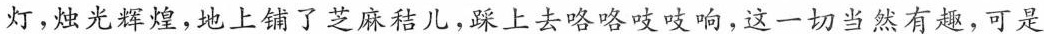
灯，烛光辉煌，地上铺了芝麻秸儿，踩上去略略吱吱响，这一切当然有趣，可是